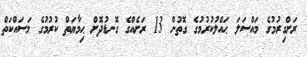
ރަށްގިރުމުގެ މައްސަލަ ޙައްލުކުރުމުގެ ގޮތުން 13 ރަށެއްގެ ގޮނޑުދޮށް ޙިމާޔަތް ކުރުމުގެ މަސައްކަތް